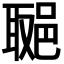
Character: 𨛿